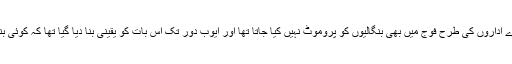
(وجہ یہ تھی کہ (1947 سے 1970 تک دوسرے اداروں کی طرح فوج میں بھی بنگالیوں کو پروموٹ نہیں کیا جاتا تھا اور ایوب دور تک اس بات کو یقینی بنا دیا گیا تھا کہ کوئی بنگالی فوج کے اعلی عہدوں تک نہ پہنچنے پائے)۔